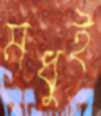
মধুই